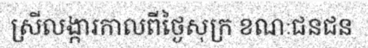
ស្រីលង្ការកាលពីថ្ងៃសុក្រ ខណៈជនជន